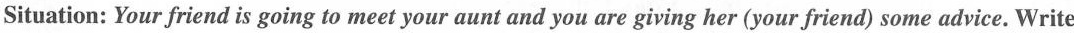
Situation: Your friend is going to meet your aunt and you are giving her (your friend) some advice. Write